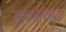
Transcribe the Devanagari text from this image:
मुशायऱ्यांच्या